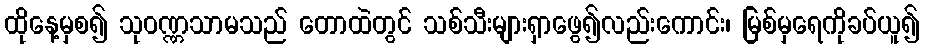
ထိုနေ့မှစ၍ သုဝဏ္ဏသာမသည် တောထဲတွင် သစ်သီးများရှာဖွေ၍လည်းကောင်း၊ မြစ်မှရေကိုခပ်ယူ၍